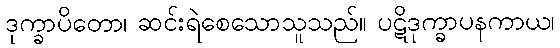
ဒုက္ခာပိတော၊ ဆင်းရဲစေသောသူသည်။ ပဋိဒုက္ခာပနကာယ၊